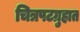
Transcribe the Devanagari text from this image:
चित्रपटग्रुहात